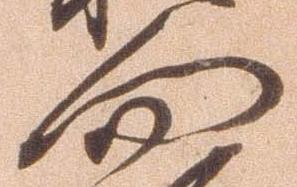
向